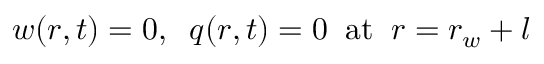
w ( r , t ) = 0 , \; \; q ( r , t ) = 0 \; \; \mathrm { a t } \; \; r = r _ { w } + l